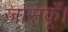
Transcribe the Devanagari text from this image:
जासकूँ।